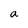
Character: a